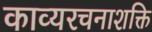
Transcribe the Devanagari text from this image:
काव्यरचनाशक्ति